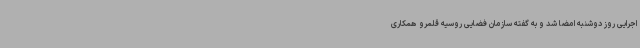
اجرایی روز دوشنبه امضا شد و به گفته سازمان فضایی روسیه قلمرو همکاری